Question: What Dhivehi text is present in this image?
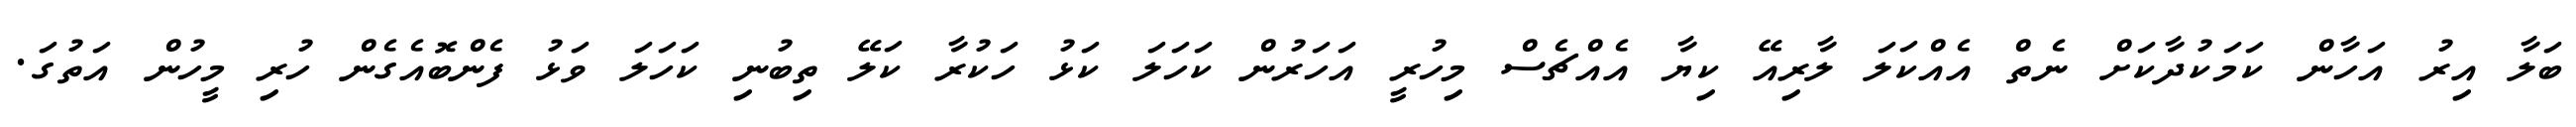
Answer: ބަލާ އިރު އަހާން ކަމަކުދާކަށް ނެތް އެއްކަލަ ލާރިއޭ ކިޔާ އެއްޗެސް މިހުރީ އަހަރުން ކަހަލަ ކަޅު ހަކުރާ ކަލޭ ތިބުނި ކަހަލަ ވަޅު ފެންބޮއެގެން ހުރި މީހުން އަތުގަ.